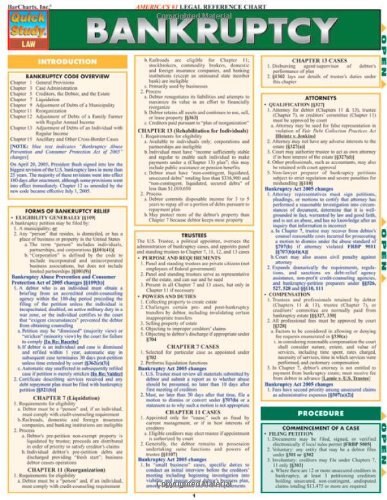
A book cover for Bankruptcy; Inc. BarCharts; Law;